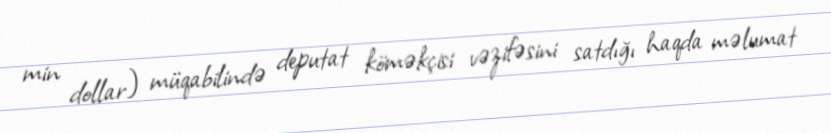
min dollar) müqabilində deputat köməkçisi vəzifəsini satdığı haqda məlumat